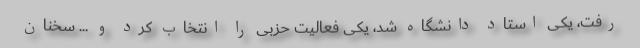
رفت، یکی استاد دانشگاه شد، یکی فعالیت حزبی را انتخاب کرد و ... سخنان